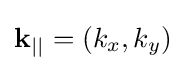
{\textbf {k}}_{||}=(k_{x},k_{y})